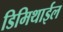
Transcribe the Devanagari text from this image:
डिमिथाईल